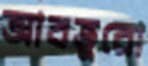
আবতুরো